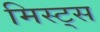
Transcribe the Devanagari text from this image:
मिस्ट्स